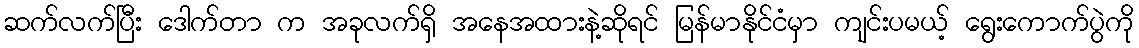
ဆက်လက်ပြီး ဒေါက်တာ က အခုလက်ရှိ အနေအထားနဲ့ဆိုရင် မြန်မာနိုင်ငံမှာ ကျင်းပမယ့် ရွေးကောက်ပွဲကို